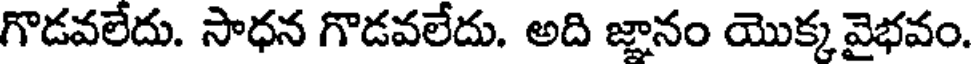
గొడవలేదు. సాధన గొడవలేదు. అది జ్ఞానం యొక్క వైభవం.